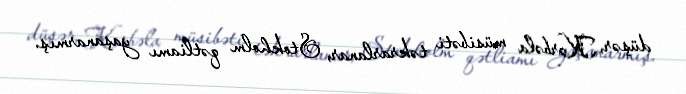
düşər, Kərbəla müsibəti təkrarlanar, Stokholm qətliamı yaşanarmış.